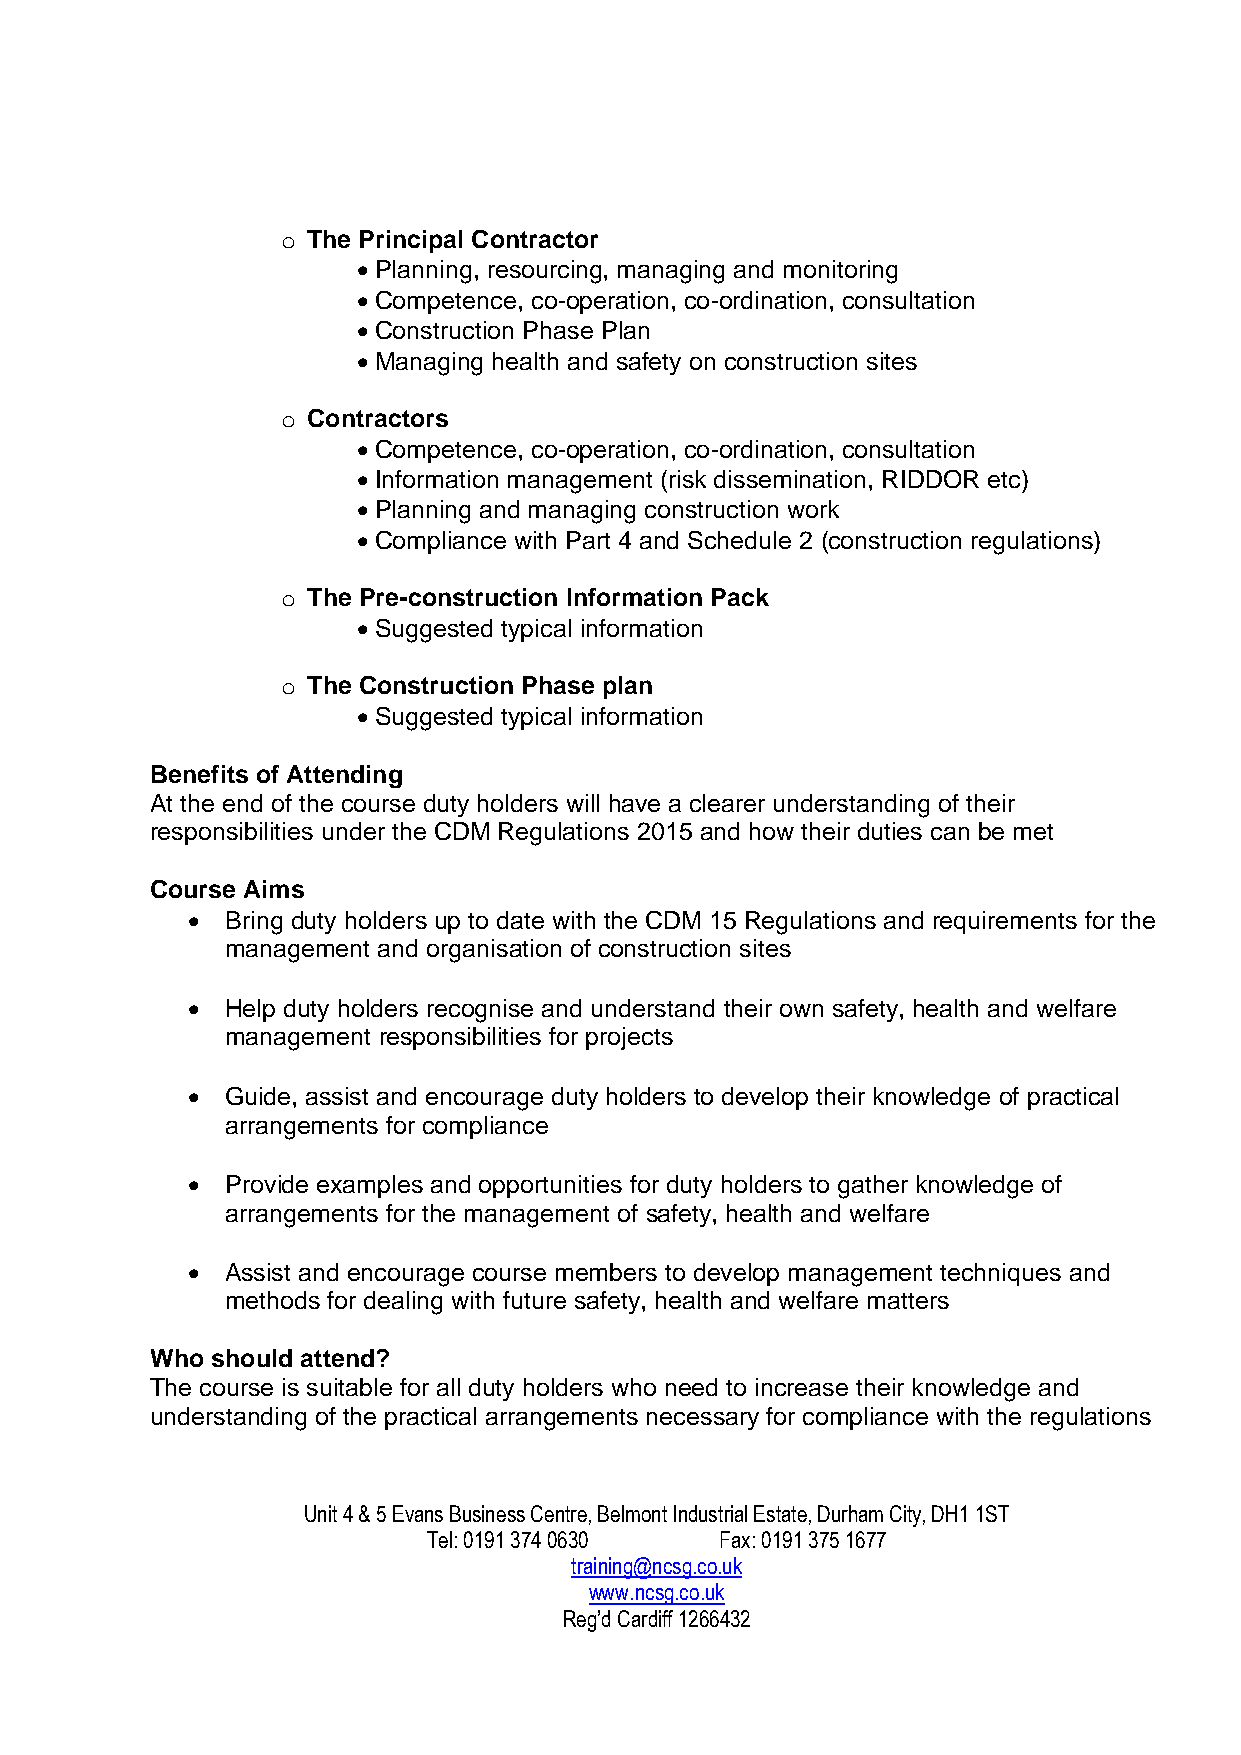
o The Principal Contractor
 • Planning, resourcing, managing and monitoring
 • Competence, co-operation, co-ordination, consultation
 • Construction Phase Plan
 • Managing health and safety on construction sites
 o Contractors
 • Competence, co-operation, co-ordination, consultation
 • Information management (risk dissemination, RIDDOR etc)
 • Planning and managing construction work
 • Compliance with Part 4 and Schedule 2 (construction regulations)
 o The Pre-construction Information Pack
 • Suggested typical information
 o The Construction Phase plan
 • Suggested typical information
 Benefits of Attending
 At the end of the course duty holders will have a clearer understanding of their
 responsibilities under the CDM Regulations 2015 and how their duties can be met
 Course Aims
 •  Bring duty holders up to date with the CDM 15 Regulations and requirements for the
 management and organisation of construction sites
 •  Help duty holders recognise and understand their own safety, health and welfare
 management responsibilities for projects
 •  Guide, assist and encourage duty holders to develop their knowledge of practical
 arrangements for compliance
 •  Provide examples and opportunities for duty holders to gather knowledge of
 arrangements for the management of safety, health and welfare
 •  Assist and encourage course members to develop management techniques and
 methods for dealing with future safety, health and welfare matters
 Who should attend?
 The course is suitable for all duty holders who need to increase their knowledge and
 understanding of the practical arrangements necessary for compliance with the regulations
 Unit 4 & 5 Evans Business Centre, Belmont Industrial Estate, Durham City, DH1 1ST
 Tel: 0191 374 0630  Fax: 0191 375 1677
 training@ncsg.co.uk
 www.ncsg.co.uk
 Reg’d Cardiff 1266432